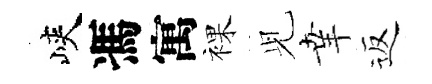
峽馮寓裸𫤗𦍒返